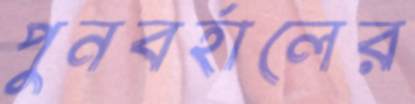
পুনবর্হালের